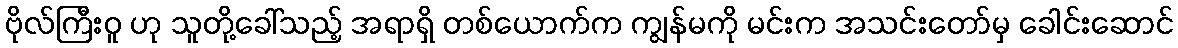
ဗိုလ်ကြီးဝူ ဟု သူတို့ခေါ်သည့် အရာရှိ တစ်ယောက်က ကျွန်မကို မင်းက အသင်းတော်မှ ခေါင်းဆောင်